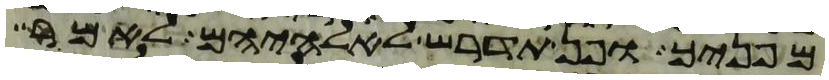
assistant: מפניך ופן תדרש לאלהיהם לאמר